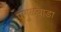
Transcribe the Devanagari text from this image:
पांगुळवाडा